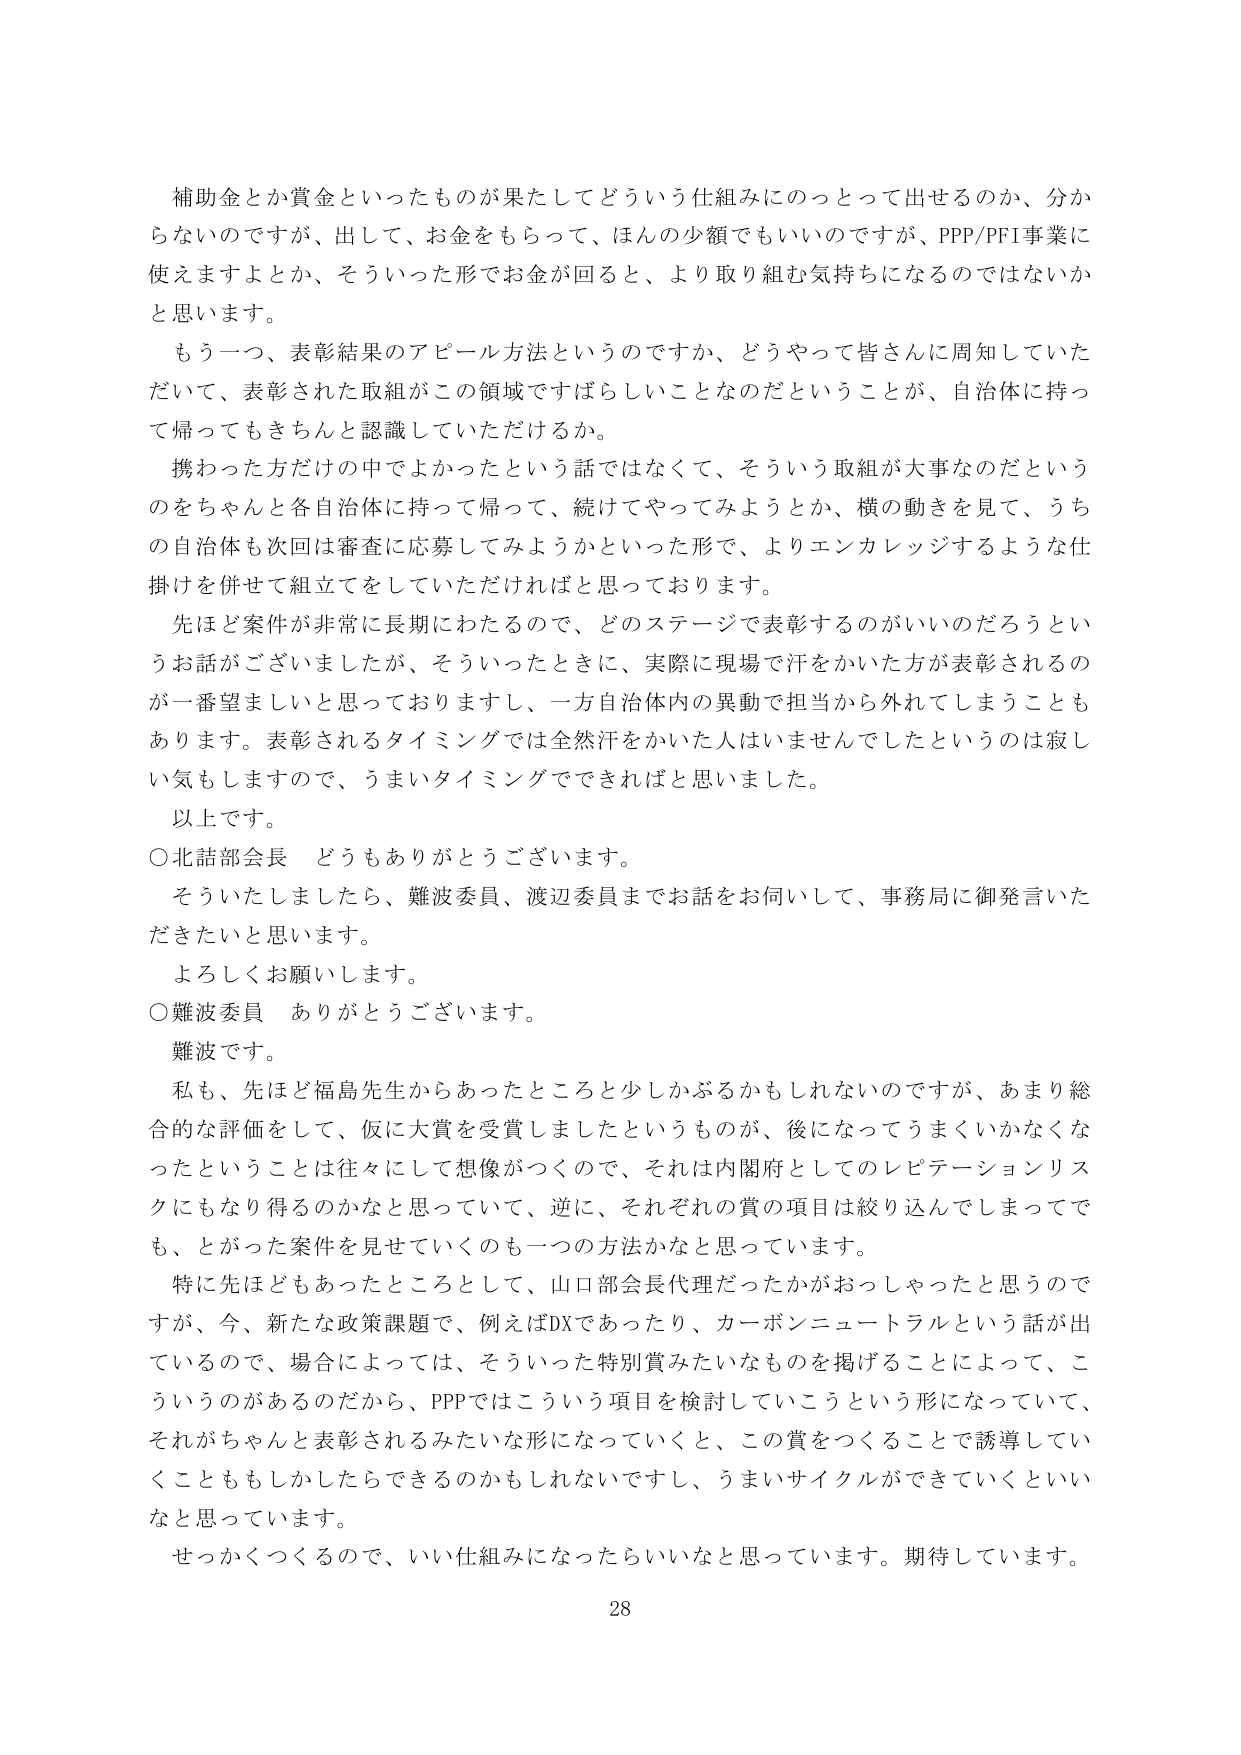
補助金とか賞金といったものが果たしてどういう仕組みにのっとって出せるのか、分からないのですが、出して、お金をもらって、ほんの少額でもいいのですが、PPP/PFI事業に使えますよとか、そういった形でお金が回ると、より取り組む気持ちになるのではないかと思います。

もう一つ、表彰結果のアピール方法というのですか、どうやって皆さんに周知していただいて、表彰された取組がこの領域ですばらしいことなのだということが、自治体に持って帰ってもきちんと認識していただけるか。

携わった方だけの中でよかったという話ではなくて、そういう取組が大事なのだというのをちゃんと各自治体に持って帰って、続けてやってみようとか、横の動きを見て、うちの自治体も次回は審査に応募してみようかといった形で、よりエンカレッジするような仕掛けを併せて組立てをしていただければと思っております。

先ほど案件が非常に長期にわたるので、どのステージで表彰するのがいいのだろうというお話がございましたが、そういったときに、実際に現場で汗をかいた方が表彰されるのが一番望ましいと思っておりますし、一方自治体内の異動で担当から外れてしまうこともあります。表彰されるタイミングでは全然汗をかいた人はいませんでしたというのは寂しい気もしますので、うまいタイミングでできればと思いました。

以上です。

○北詰部会長　どうもありがとうございます。

そういたしましたら、難波委員、渡辺委員までお話をお伺いして、事務局に御発言いただきたいと思います。

よろしくお願いします。

○難波委員　ありがとうございます。

難波です。

私も、先ほど福島先生からあったところと少しかぶるかもしれませんが、あまり総合的な評価をして、仮に大賞を受賞しましたというものが、後になってうまくいかなくなったということは往々にして想像がつくので、それは内閣府としてのレピテーションリスクにもなり得るのかなと思っていて、逆に、それぞれの賞の項目は絞り込んでしまってでも、とがった案件を見せていくのも一つの方法かなと思っています。

特に先ほどもあったところとして、山口部会長代理だったかがおっしゃったと思うのですが、今、新たな政策課題で、例えばDXであったり、カーボンニュートラルという話が出ているので、場合によっては、そういった特別賞みたいなものを掲げることによって、こういうのがあるのだから、PPPではこういう項目を検討していこうという形になっていて、それがちゃんと表彰されるみたいな形になっていくと、この賞をつくることで誘導していくことももしかしたらできるのかもしれないですし、うまいサイクルができていくといいなと思っています。

せっかくつくるので、いい仕組みになったらいいなと思っています。期待しています。

28